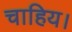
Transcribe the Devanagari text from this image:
चाहिय।